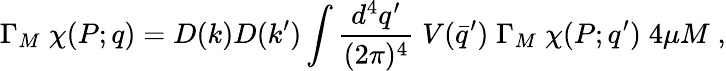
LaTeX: \Gamma_{M}\; \chi(P;q)=D(k)D(k^{\prime})\int\frac{d^{4}q^{\prime}}{(2\pi)^{4}}\; V(\bar{q}^{\prime})\; \Gamma_{M}\; \chi(P;q^{\prime})\; 4\mu M\; ,